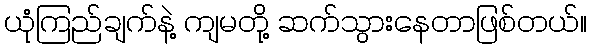
ယုံကြည်ချက်နဲ့ ကျမတို့ ဆက်သွားနေတာဖြစ်တယ်။